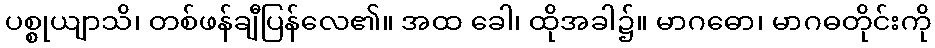
ပစ္စုယျာသိ၊ တစ်ဖန်ချီပြန်လေ၏။ အထ ခေါ၊ ထိုအခါ၌။ မာဂဓော၊ မာဂဓတိုင်းကို